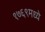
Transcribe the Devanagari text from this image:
१७६९मध्ये